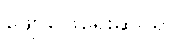
ဖျော်ဖြေရေးဆိုင်ရာ